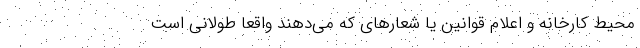
محیط کارخانه و اعلام قوانین یا شعارهای که می‌دهند واقعا طولانی است